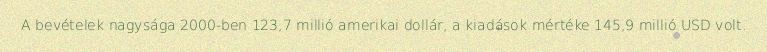
A bevételek nagysága 2000-ben 123,7 millió amerikai dollár, a kiadások mértéke 145,9 millió USD volt.